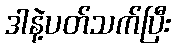
ဒါနဲ့ပတ်သက်ပြီး